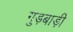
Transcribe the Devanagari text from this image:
गुड़बाड़ी